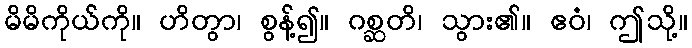
မိမိကိုယ်ကို။ ဟိတွာ၊ စွန့်၍။ ဂစ္ဆတိ၊ သွား၏။ ဧဝံ၊ ဤသို့။